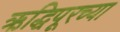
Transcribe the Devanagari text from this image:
ऋद्धिपूरच्या